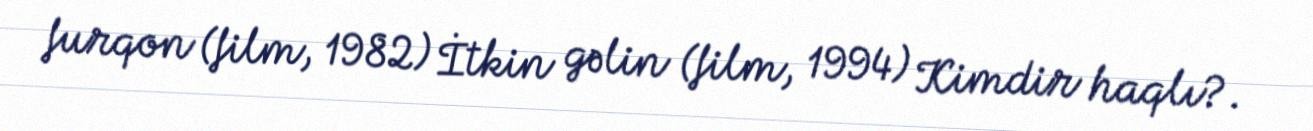
furqon (film, 1982) İtkin gəlin (film, 1994) Kimdir haqlı?.